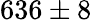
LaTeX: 636\pm 8